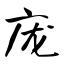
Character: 庞